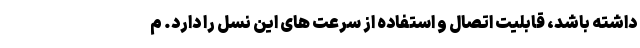
داشته باشد، قابلیت اتصال و استفاده از سرعت های این نسل را دارد. م